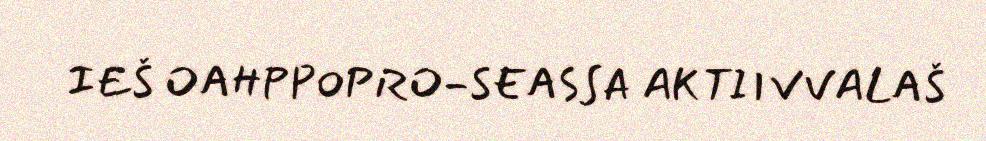
IEŠ OAHPPOPRO-SEASSA AKTIIVVALAŠ